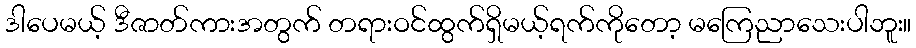
ဒါပေမယ့် ဒီဇာတ်ကားအတွက် တရားဝင်ထွက်ရှိမယ့်ရက်ကိုတော့ မကြေညာသေးပါဘူး။